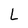
Character: L